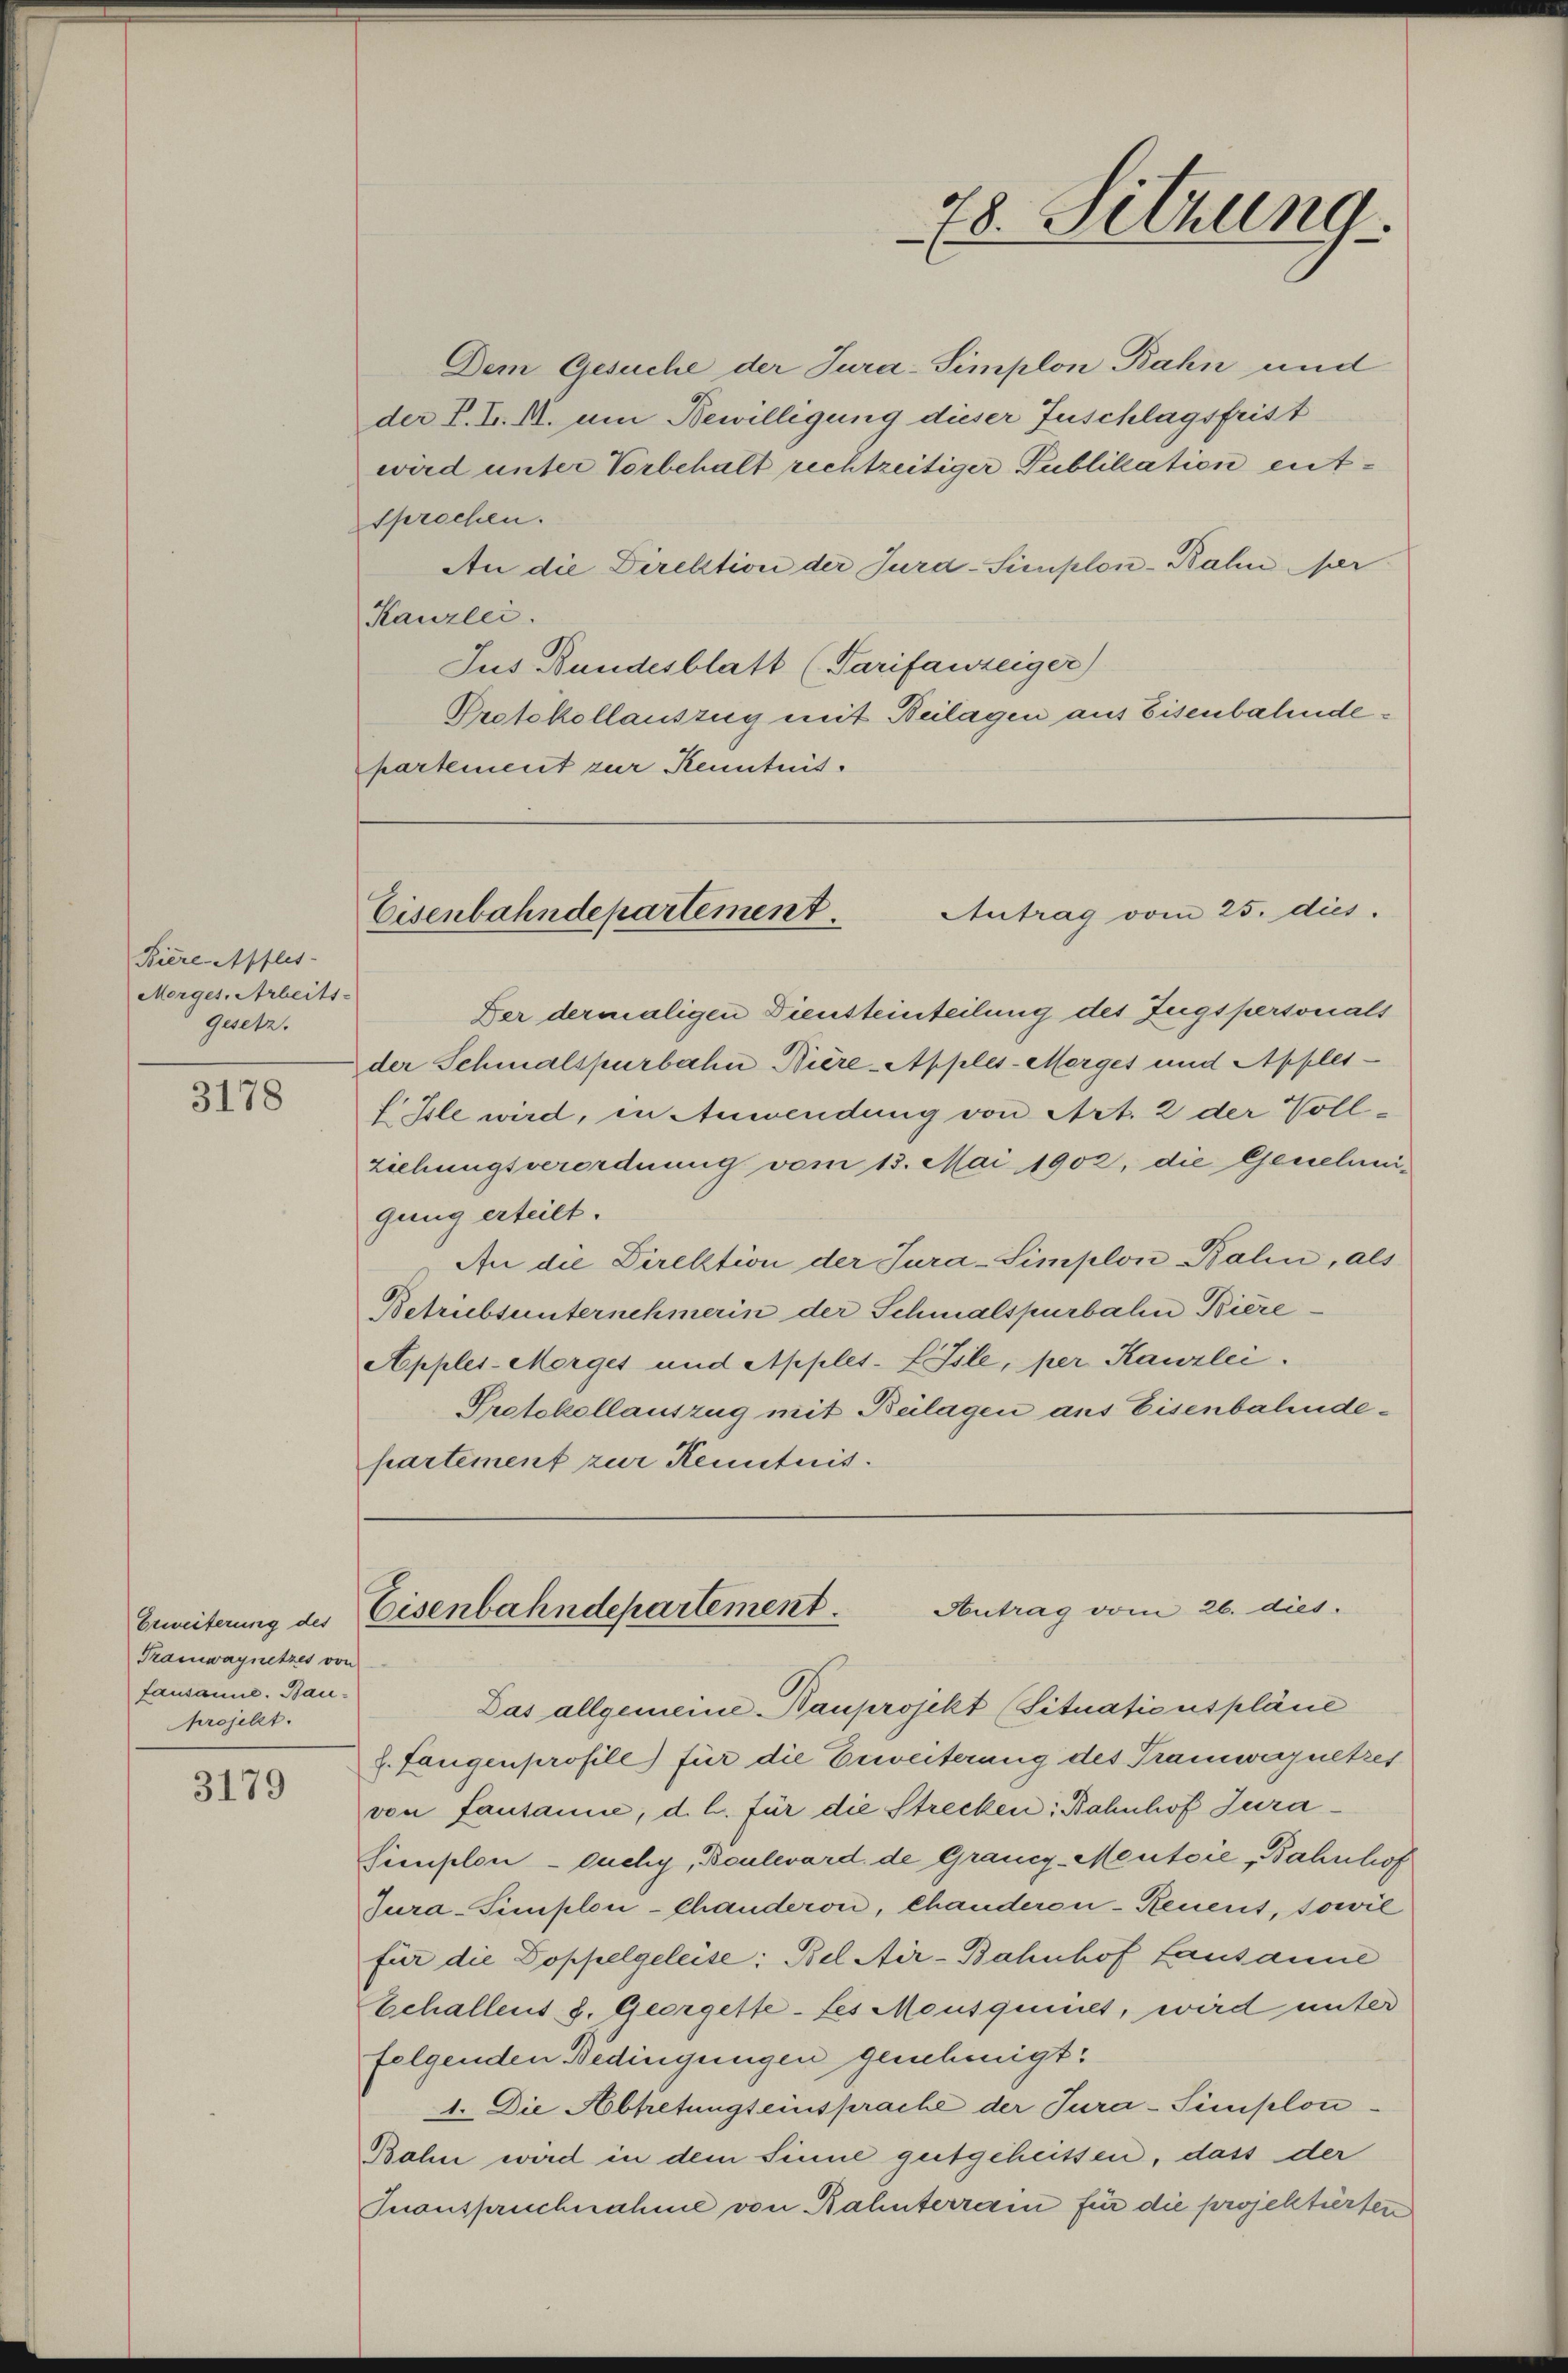
Biere Afflis-
Morges. Arbeits-
Gesetz.

3178

Dem Gesuche der Jura-Simplon Bahn und
der P. L. M. um Bewilligung dieser Zuschlagsfrist
wird unter Vorbehalt rechtzeitiger Publikation entsprochen.
An die Direktion der Jurd-Simplon-Bahn der
Kanzlei.
Jus Bundesblatt (Tarifanzeiger)
Protokollauszug mit Beilagen aus Eisenbahndepartement zur Kenntnis.

Erweiterung des
Tramwaynetzes von
Lausanne. Bau-
projekt.

3179

78. Setzung

Antrag vom 25. dies
Eisenbahndepartement.

Autrag vom 26. dies
Eisenbahndepartement.

Der dermaligen Diensteinteilung des Zugspersonals
der Schmalspurbahn Bière-Apples-Morges und Apples-
fle wird, in Anwendung von Art. 2 der Voll-
ziehungsverordnung vom 13. Mai 1902, die Genehmi-
gung erteilt.
An die Direktion der Jura-Simplon Balin, als
Betriebsunternehmerin der Schmalspurbahn Biere
Appler-Morges und Apples-LIsle, per Kanzlei.
Protokollauszug mit Beilagen aus Eisenbahndepartement zur Kenntnis.

Das allgemeine Bauprojekt (Situationspläne
2. fangenprofill) für die Beweiterung des Tramwagnetzes
von Fautanne, d. h. für die Strecken: Bahnhof Jura¬
Simplon - Ouchy, Boulevard de Granz-Mentoie „Bahnhof
Jura-Simplen-Chanderon, chanderon-Renens, sowie
für die Doppelgeleise: Bel Air-Bahnhof Lausanne
Echallens d. Georgestetes Mousquiet, wird unter
folgenden Bedingungen genehmigt.
1. Die Abtretungseinsprache der Jura-Simplon¬
Bahn wird in dem Sinne gutgeheissen, dass der
Inanspruchnahme von Bahnterrain für die projektirten